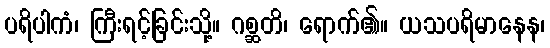
ပရိပါကံ၊ ကြီးရင့်ခြင်းသို့။ ဂစ္ဆတိ၊ ရောက်၏။ ယသပရိမာနေန၊